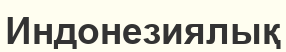
Индонезиялық